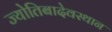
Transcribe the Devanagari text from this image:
ज्योतिबादेवस्थान